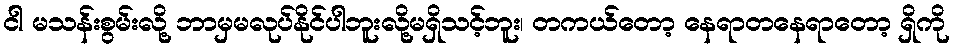
ငါ မသန်းစွမ်းလို့ ဘာမှမလုပ်နိုင်ပါဘူးလို့မရှိသင့်ဘူး၊ တကယ်တော့ နေရာတနေရာတော့ ရှိကို